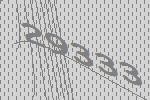
29333